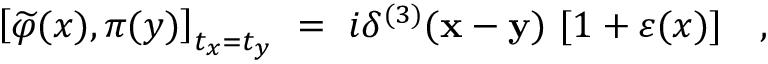
\left[ \widetilde \varphi ( x ) , \pi ( y ) \right] _ { t _ { x } = t _ { y } } ~ = ~ i \delta ^ { ( 3 ) } ( { \bf x - y } ) ~ [ 1 + \varepsilon ( x ) ] \quad , { \phantom { + \eta ( y ) + \varepsilon ( x ) ~ \eta ( y ) } }